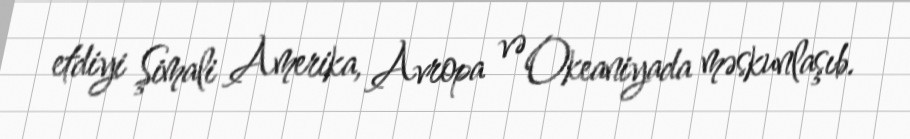
etdiyi Şimali Amerika, Avropa və Okeaniyada məskunlaşıb.